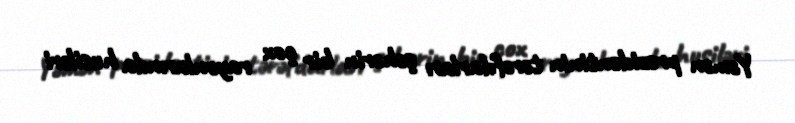
Yəmən prezidentinin tərəfdarları şəhərin bir çox rayonlarında husiləri